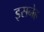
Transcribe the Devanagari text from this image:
इसनेह